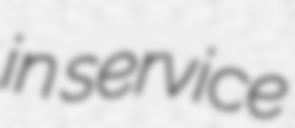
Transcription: in service